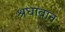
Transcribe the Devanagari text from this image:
श्रधावान